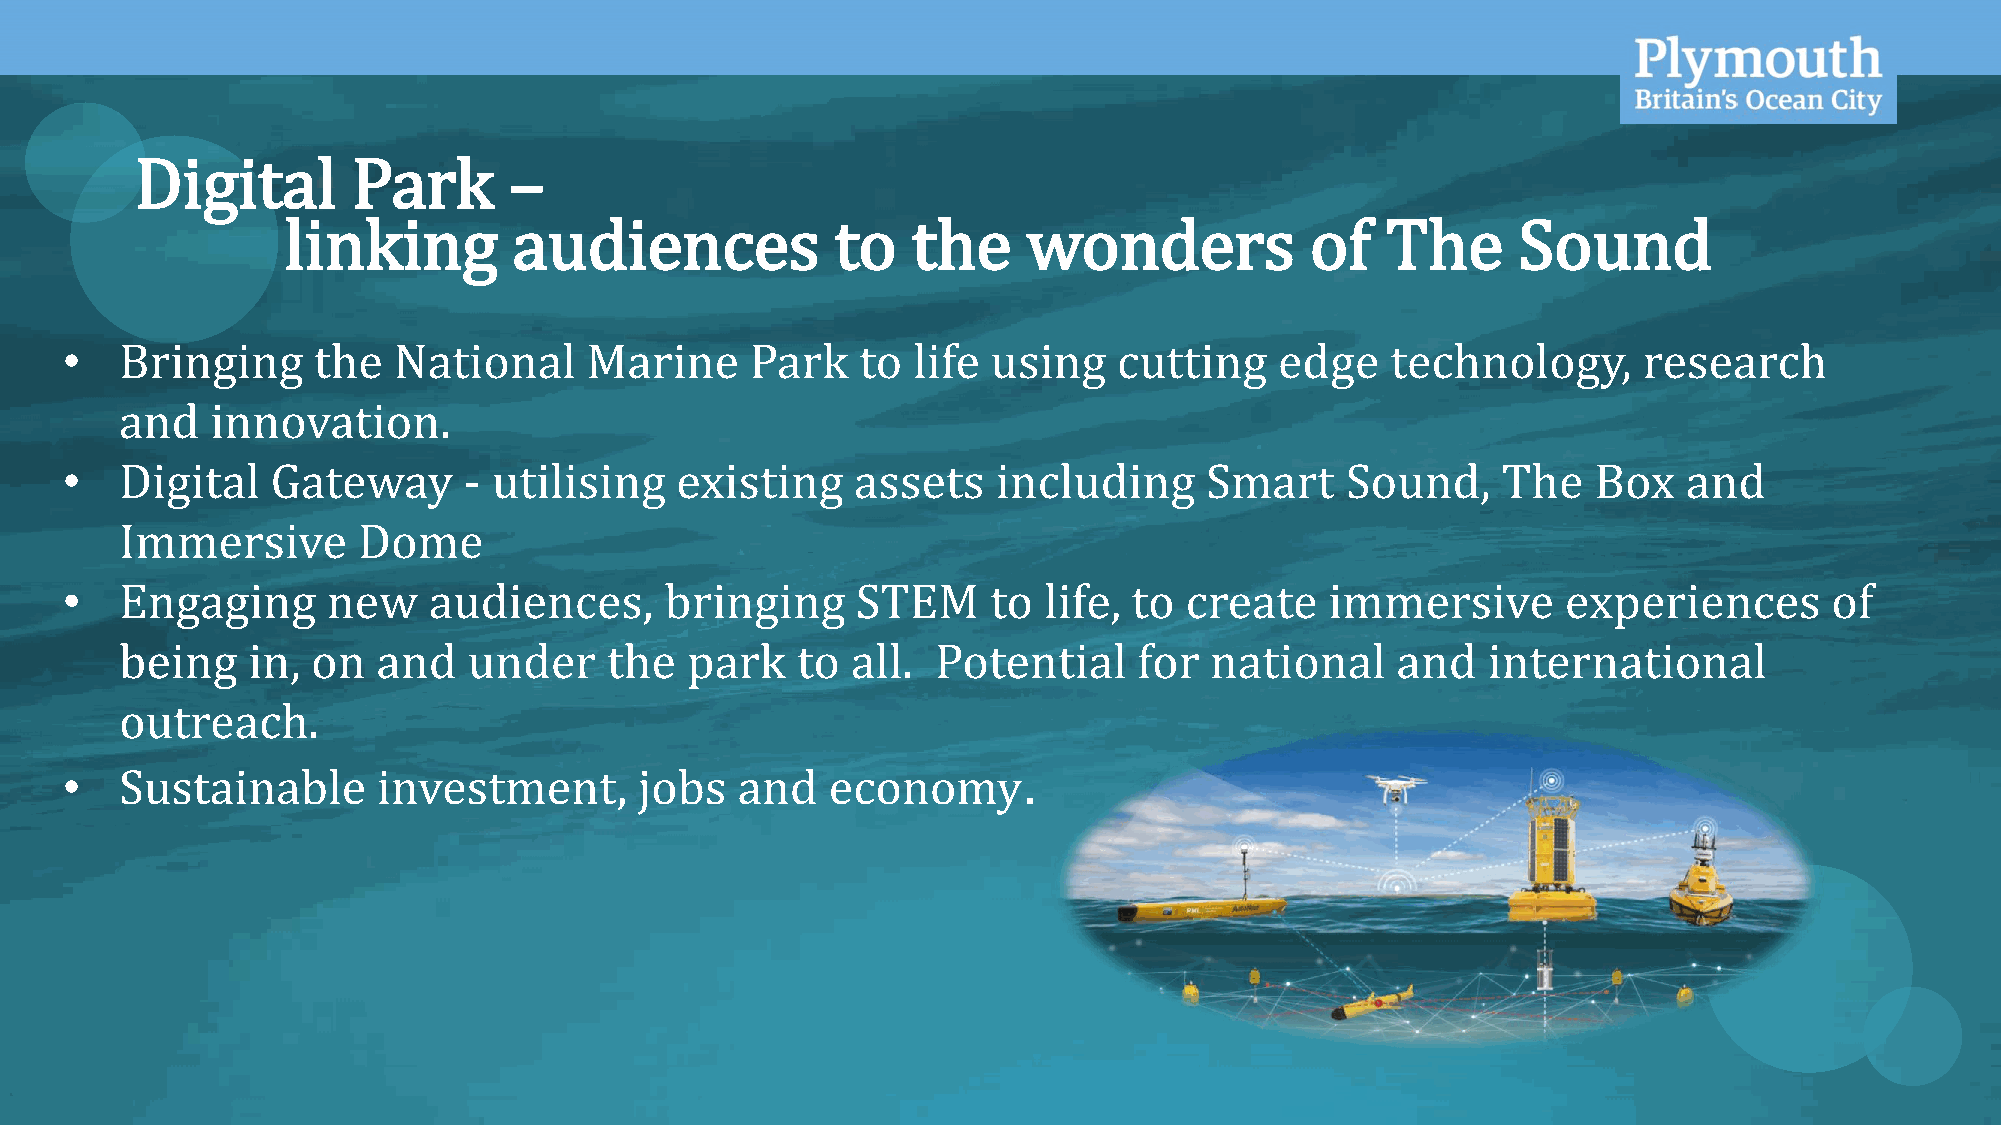
OFFICIAL
 Digital       Park       –
 linking        audiences            to   the     wonders            of   The     Sound
 •   Bringing     the  National     Marine     Park   to life  using   cutting    edge   technology,      research
 and   innovation.
 •   Digital   Gateway      - utilising   existing    assets   including     Smart    Sound,    The    Box   and
 Immersive       Dome
 •   Engaging      new   audiences,      bringing     STEM     to life, to create    immersive       experiences      of
 being   in,  on  and   under    the  park    to all.  Potential    for  national    and   international
 outreach.
 •   Sustainable      investment,      jobs   and   economy.